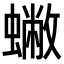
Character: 𧒀